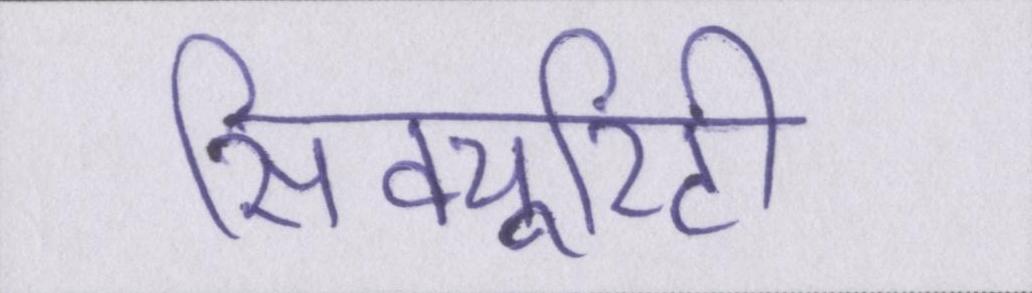
सिक्यूरिटी